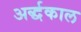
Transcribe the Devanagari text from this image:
अर्द्धकाल